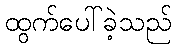
ထွက်ပေါ်ခဲ့သည်